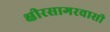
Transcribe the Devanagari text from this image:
क्षीरसागरवासी